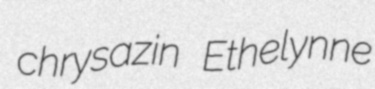
chrysazin Ethelynne